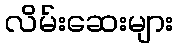
လိမ်းဆေးများ